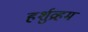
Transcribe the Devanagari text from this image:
हर्शुव्रहम